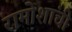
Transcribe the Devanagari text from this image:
रामोशांची